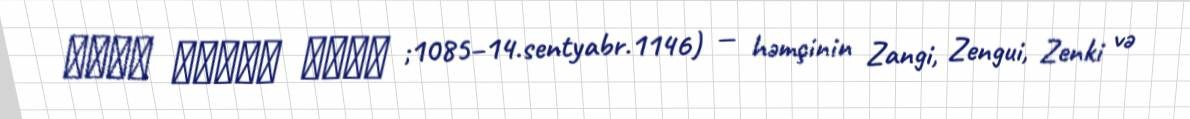
عماد الدین زنكي ;1085–14.sentyabr.1146) — həmçinin Zangi, Zengui, Zenki və